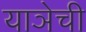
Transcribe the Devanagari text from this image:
याञेची